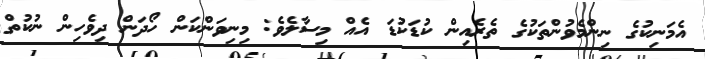
އެމަނިކުގެ ނިންމެވުންތަކުގެ ތެރެއިިން ކުޑަކުޑަ އެއް މިސާލެވެ: މިނިވަންކަން ހޯދަން ދިވެހިން ނުކުތް